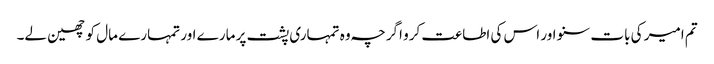
تم امیر کی بات سنو اور اس کی اطاعت کرو اگرچہ وہ تمہاری پشت پر مارے اور تمہارے مال کو چھین لے۔